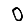
Digit: 0